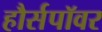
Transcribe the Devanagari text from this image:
हौर्सपॉवर